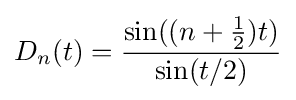
D_{n}(t)={\frac {\sin((n+{\frac {1}{2}})t)}{\sin(t/2)}}